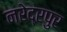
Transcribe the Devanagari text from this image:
नरेद्रपुर